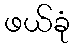
ဖယ်ခုံ